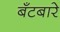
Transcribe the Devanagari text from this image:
बँटबारे